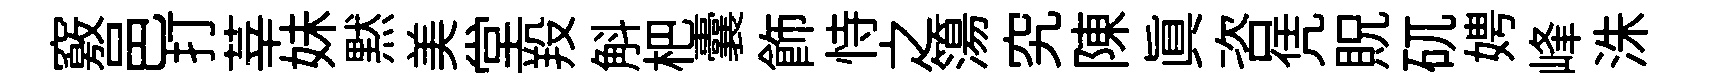
竅邑打莘妹黙美堂羖斛杷囊飾恃之簜究陳真咨凭貺矹娉峰洙